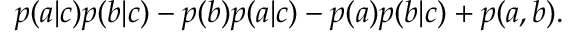
\begin{array} { r } { p ( a | c ) p ( b | c ) - p ( b ) p ( a | c ) - p ( a ) p ( b | c ) + p ( a , b ) . } \end{array}